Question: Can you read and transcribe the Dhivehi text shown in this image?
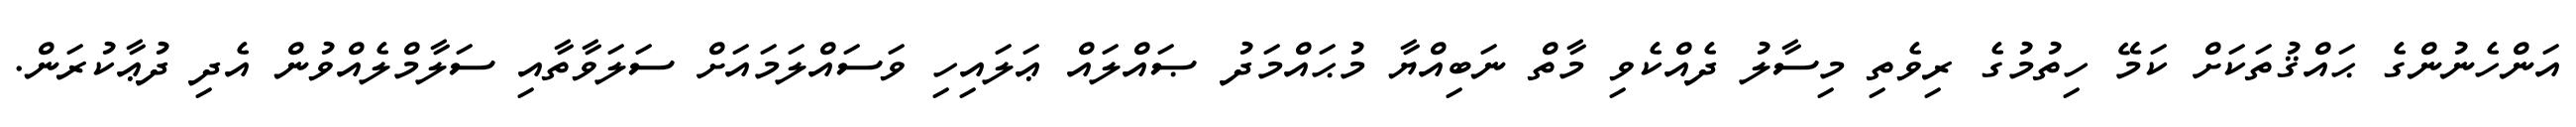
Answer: އަންހެނުންގެ ޙައްޤުތަކަށް ކަމޭ ހިތުމުގެ ރިވެތި މިސާލު ދެއްކެވި މާތް ނަބިއްޔާ މުޙައްމަދު ޞައްލައް ޢަލައިހި ވަސައްލަމައަށް ސަލަވާތާއި ސަލާމްލެއްވުން އެދި ދުޢާކުރަން.